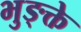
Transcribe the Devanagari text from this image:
भुङ्क्ते